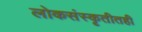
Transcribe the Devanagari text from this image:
लोकसंस्कृतीतही